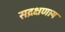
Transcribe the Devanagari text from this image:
सद्रक्षणाय